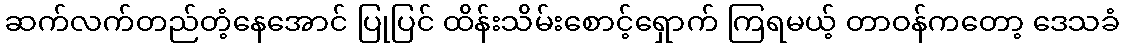
ဆက်လက်တည်တံ့နေအောင် ပြုပြင် ထိန်းသိမ်းစောင့်ရှောက် ကြရမယ့် တာဝန်ကတော့ ဒေသခံ